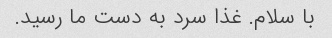
با سلام. غذا سرد به دست ما رسید.